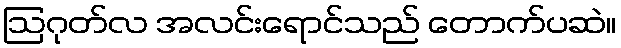
ဩဂုတ်လ အလင်းရောင်သည် တောက်ပဆဲ။